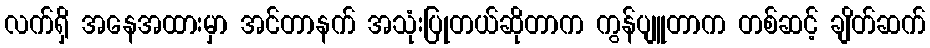
လက်ရှိ အနေအထားမှာ အင်တာနက် အသုံးပြုတယ်ဆိုတာက ကွန်ပျူတာက တစ်ဆင့် ချိတ်ဆက်